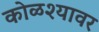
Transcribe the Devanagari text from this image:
कोळश्यावर